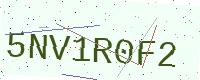
Text: 5NV1R0F2